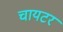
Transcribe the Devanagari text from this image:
चायटर